Lunatic asylums Madras 1877-1891 - 1877-1891
Year: 1877
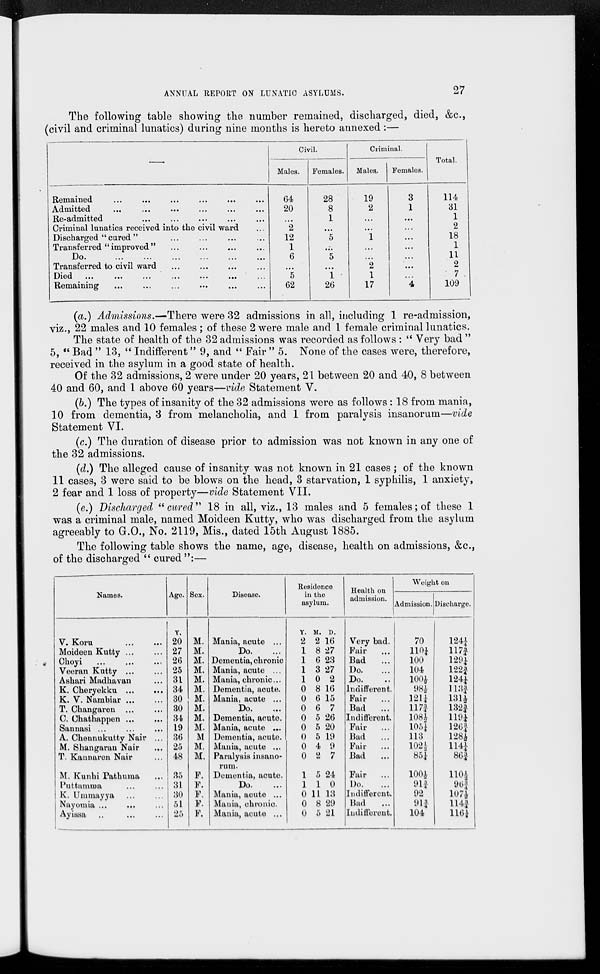
ANNUAL REPORT ON LUNATIC ASYLUMS.
27
The following table showing the number remained, discharged, died, &c.,
(civil and criminal lunatics) during nine months is hereto annexed:—
—
Remained
...
...
...
...
...
...
Admitted
...
...
...
...
...
...
Re-admitted ... ... ... ... ...
Criminal lunatics received into the civil ward ...
Discharged " cured " ... ... ... ...
Transferred " improved " ... ... ... ...
Do.
...
...
...
...
...
...
Transferred to civil ward ... ... ... ...
Died
...
...
...
...
...
...
...
Remaining ... ...
...
...
...
...
Civil.
Males.
64
20
...
2
12
1
6
...
5
62
Females.
28
8
1
...
5
...
5
...
1
26
Criminal.
Males.
19
2
...
...
1
...
...
2
1
17
Females.
3
1
...
...
...
...
...
...
...
4
Total.
114
31
1
2
18
1
11
2
7
109
(a.) Admissions.—There were 32 admissions in all, including 1 re-admission,
viz., 22 males and 10 females ; of these 2 were male and 1 female criminal lunatics.
The state of health of the 32 admissions was recorded as follows : " Very bad "
5, " Bad " 13, " Indifferent " 9, and " Fair " 5. None of the cases were, therefore,
received in the asylum in a good state of health.
Of the 32 admissions, 2 were under 20 years, 21 between 20 and 40, 8 between
40 and 60, and 1 above 60 years—vide Statement V.
(b.) The types of insanity of the 32 admissions were as follows: 18 from mania,
10 from dementia, 3 from melancholia, and 1 from paralysis insanorum—vide
Statement VI.
(c.) The duration of disease prior to admission was not known in any one of
the 32 admissions.
(d.) The alleged cause of insanity was not known in 21 cases; of the known
11 cases, 3 were said to be blows on the head, 3 starvation, 1 syphilis, 1 anxiety,
2 fear and 1 loss of property—vide Statement VII.
(e.) Discharged "cured" 18 in all, viz., 13 males and 5 females; of these 1
was a criminal male, named Moideen Kutty, who was discharged from the asylum
agreeably to G.O., No. 2119, Mis., dated 15th August 1885.
The following table shows the name, age, disease, health on admissions, &c.,
of the discharged " cured ":—
Names.
V. Koru ... ...
Moideen Kutty ... ...
Choyi
...
...
Veeran Kutty ... ...
Ashari Madhavan ...
K. Cheryekku ... ...
K. V. Nambiar ... ...
T. Changaren ... ...
C. Chathappen ...
...
Sannasi ...
...
...
A. Chennukutty Nair ...
M. Shangaran Nair
...
T. Kannaren Nair ...
M. Kunhi Pathuma ...
Puttamma ... ...
K. Ummayya ... ...
Nayomia ... ... ...
Ayissa ... ... ...
Age.
Y.
20
27
26
25
31
34
30
30
34
19
36
25
48
35
31
30
51
25
Sex.
M.
M.
M.
M.
M.
M.
M.
M.
M.
M.
M
M.
M.
F.
F.
F.
F.
F.
Disease.
Mania, acute ...
Do. ...
Dementia, chronic
Mania, acute ...
Mania, chronic...
Dementia, acute.
Mania, acute ...
Do.
Dementia, acute.
Mania, acute ...
Dementia, acute.
Mania, acute ...
Paralysis insano-
rum.
Dementia, acute.
Do.
Mania, acute ...
Mania, chronic.
Mania, acute ...
Residence
in the
asylum.
Y.
2
1
1
1
1
0
0
0
0
0
0
0
0
1
1
0
0
0
M.
2
8
6
3
0
8
6
6
5
5
5
4
2
5
1
11
8
5
D.
16
27
23
27
2
16
15
7
26
20
19
9
7
24
0
13
29
21
Health on
admission.
Very bad.
Fair
...
Bad
...
Do. ...
Do. ...
Indifferent.
Fair ...
Bad ...
Indifferent.
Fair
...
Bad ...
Fair ...
Bad ...
Fair
...
Do. ...
Indifferent.
Bad ...
Indifferent.
Weight on
Admission.
70
110¼
100
104
100½
98½
121¼
117¾
108½
105¼
113
102½
85¼
100½
91¾
92
91¾
104
Discharge.
124¼
117¾
129¼
122¾
124¼
113¾
131½
132¾
119¼
126¾
128½
114¼
86¾
110½
96¾
107½
114¾
116¼